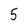
Character: 5